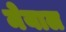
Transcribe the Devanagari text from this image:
मेयाल